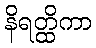
နိရတ္ထိကာ